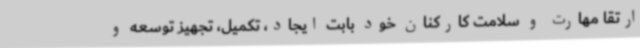
ارتقا مهارت و سلامت کارکنان خود بابت ایجاد، تکمیل، تجهیز توسعه و